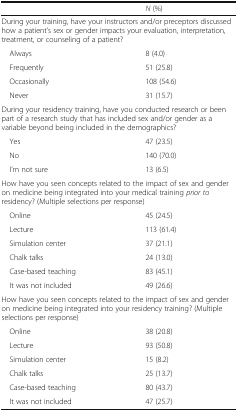
|  | N (%) |
 | --- | --- |
 | <COLSPAN=2> During your training, have your instructors and/or preceptors discussed how a patient’s sex or gender impacts your evaluation, interpretation, treatment, or counseling of a patient? |
 | Always | 8 (4.0) |
 | Frequently | 51 (25.8) |
 | Occasionally | 108 (54.6) |
 | Never | 31 (15.7) |
 | <COLSPAN=2> During your residency training, have you conducted research or been part of a research study that has included sex and/or gender as a variable beyond being included in the demographics? |
 | Yes | 47 (23.5) |
 | No | 140 (70.0) |
 | I’m not sure | 13 (6.5) |
 | <COLSPAN=2> How have you seen concepts related to the impact of sex and gender on medicine being integrated into your medical training prior to residency? (Multiple selections per response) |
 | Online | 45 (24.5) |
 | Lecture | 113 (61.4) |
 | Simulation center | 37 (21.1) |
 | Chalk talks | 24 (13.0) |
 | Case-based teaching | 83 (45.1) |
 | It was not included | 49 (26.6) |
 | <COLSPAN=2> How have you seen concepts related to the impact of sex and gender on medicine being integrated into your residency training? (Multiple selections per response) |
 | Online | 38 (20.8) |
 | Lecture | 93 (50.8) |
 | Simulation center | 15 (8.2) |
 | Chalk talks | 25 (13.7) |
 | Case-based teaching | 80 (43.7) |
 | It was not included | 47 (25.7) |